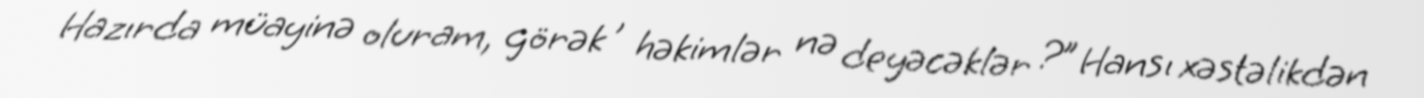
Hazırda müayinə oluram, görək , həkimlər nə deyəcəklər ?” Hansı xəstəlikdən